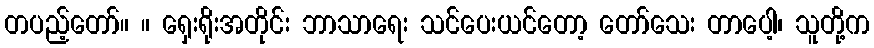
တပည့်တော်။ ။ ရှေးရိုးအတိုင်း ဘာသာရေး သင်ပေးယင်တော့ တော်သေး တာပေါ့၊ သူတို့က